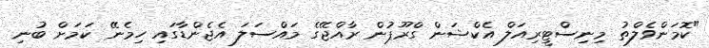
"ކޮމަންވެލްތު މިނިސްޓީރިއަލް އެކްޝަން ގްރޫޕުން ރާއްޖޭގެ މައްސަލަ އެޖެންޑާގައި ހިމެނޭ ކަމަށް ބުނި